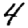
Digit: 4